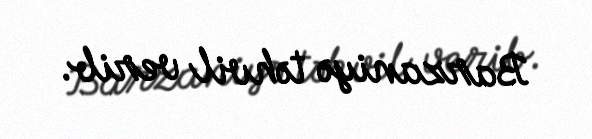
Barzaniyə təhvil verib.